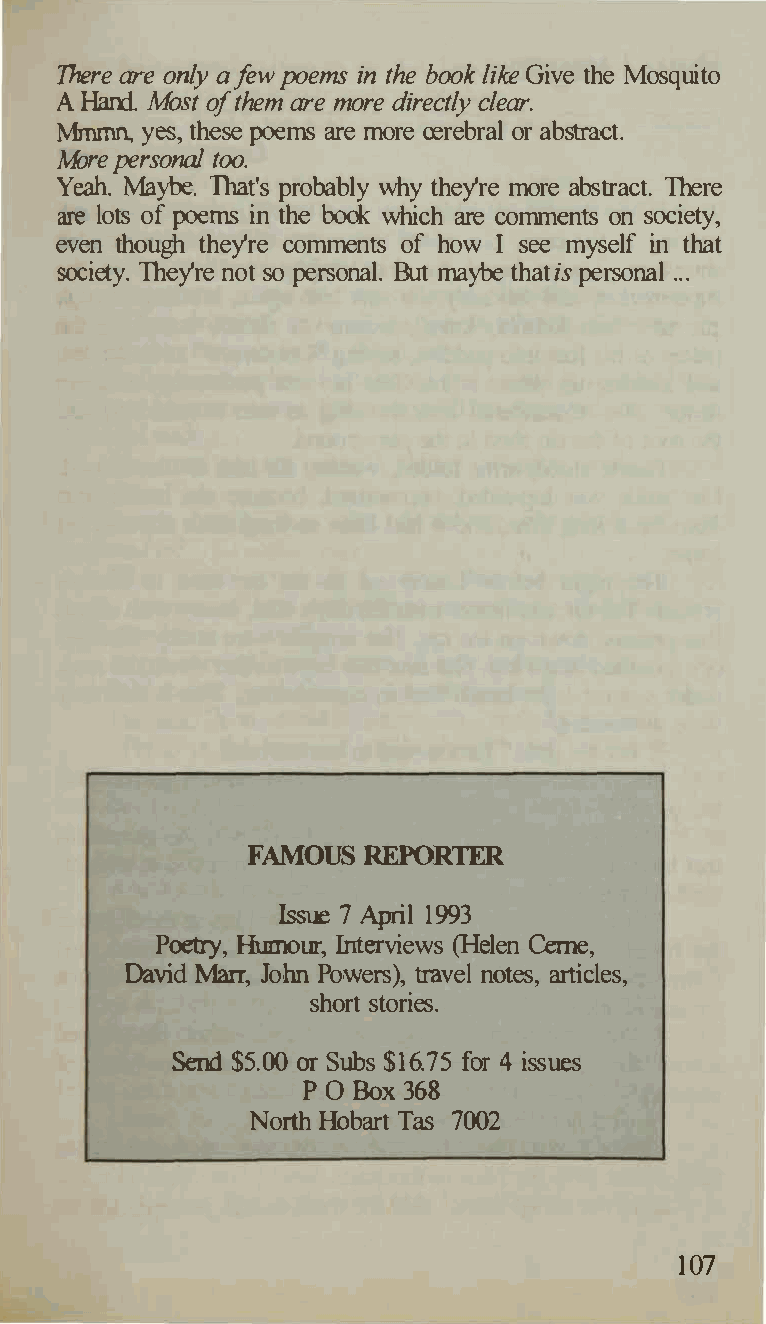
There are only a few poems in the book like Give the Mosquito
 A Hand Most of them are more directly clear.
 Mnnnn, yes, these poems are more cerebral or abstract.
 Afore persona/, too.
 Yeah. Maybe. That's probably why they're more abstract. There
 are lots of poems in the book which are comments on society,
 I
 even though they're comments of how see myself in that
 society. They're not so personal. But maybe that is personal ...
 FAMOUS  REPORTER
 Issue 7 April 1993
 Poetry, Hmnour, Interviews (Helen Cerne,
 David Marr, John Powers), travel notes, articles,
 short stories.
 Send $5.00 or Subs $16.75 for 4 issues
 P  Bo0x368
 North Hobart Tas 7002
 107